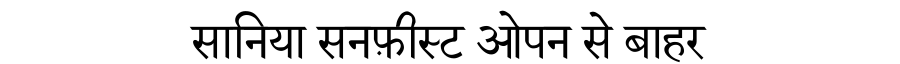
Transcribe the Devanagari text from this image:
सानिया सनफ़ीस्ट ओपन से बाहर